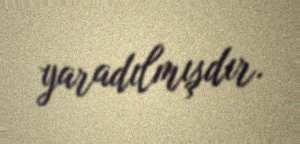
yaradılmışdır.